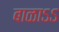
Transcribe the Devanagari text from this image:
बाळाऽऽ